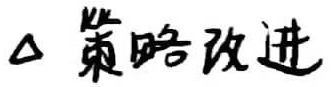
$\Delta$ 策略改进